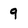
Character: 9